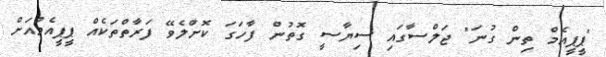
"ޕީޕީއެމް ތިން ގުނަ" ޖަލްސާގައި ސިޔާސީ ގޮތުން ފާހަގަ ކޮށްލެވޭ ފަރާތްތަކެއް ޕީޕީއެމްއަށް